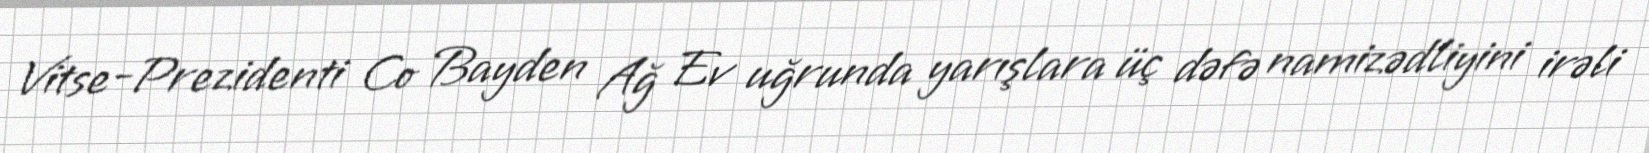
Vitse-Prezidenti Co Bayden Ağ Ev uğrunda yarışlara üç dəfə namizədliyini irəli